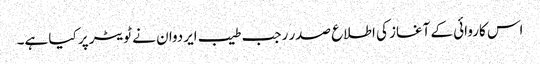
اس کاروائی کے آغاز کی اطلاع صدر رجب طیب ایردوان نے ٹویٹر پر کیا ہے۔